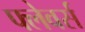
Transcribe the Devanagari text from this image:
फ्लेवर्स